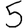
Digit: 5